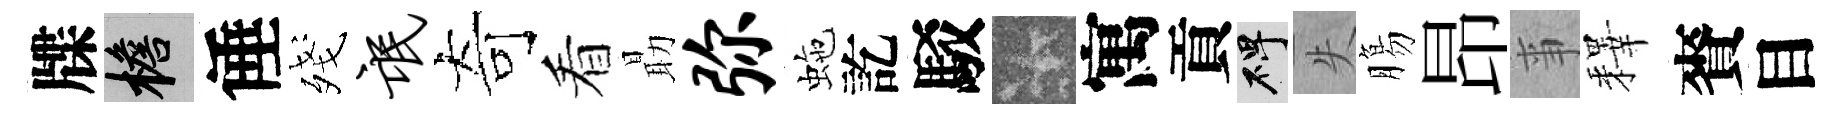
牒檐倕殘氓奇看朂弥虵訖駁卡寓貢碑失膓昂亊釋賚目